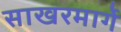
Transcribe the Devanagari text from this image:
साखरमार्गे